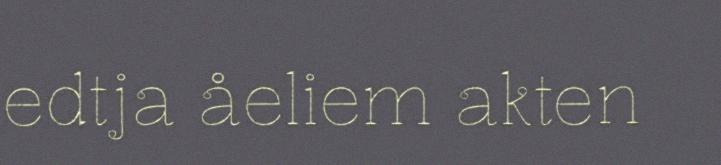
edtja åeliem akten